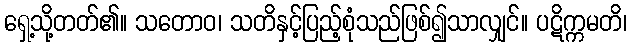
ရှေ့သို့တတ်၏။ သတောဝ၊ သတိနှင့်ပြည့်စုံသည်ဖြစ်၍သာလျှင်။ ပဋိက္ကမတိ၊